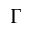
\Gamma